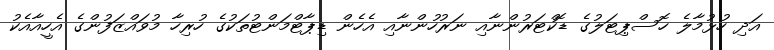
އަދި ހުޅުމާލެ ހޮސްޕިޓަލުގެ ޑޮކްޓަރުންނާއި ނަރުހުންނާއި އެހެން ޑިޕާޓްމަންޓުތަކުގެ ހުރިހާ މުވައްޒަފުންގެ އެހީއާއެކު